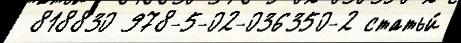
 818830 978-5-02-036350-2 статьи́